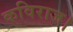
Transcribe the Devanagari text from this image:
कविराज।